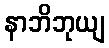
နာဘိဘုယျ